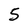
Character: 5